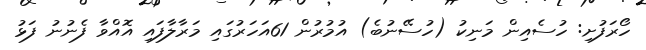
ހޯރަފުށި: ހުސެއިން މަނިކު (ހުސޭނުބެ) އުމުރުން 61އަހަރުގައި މަރާލާފައި އޮއްވާ ފެނުނު ފަޅު